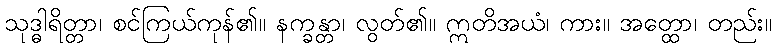
သုဒ္ဓါရိတ္တာ၊ စင်ကြယ်ကုန်၏။ နက္ခန္တာ၊ လွတ်၏။ ဣတိအယံ၊ ကား။ အတ္ထော၊ တည်း။